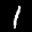
Label: 1